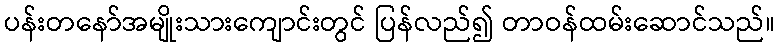
ပန်းတနော်အမျိုးသားကျောင်းတွင် ပြန်လည်၍ တာဝန်ထမ်းဆောင်သည်။